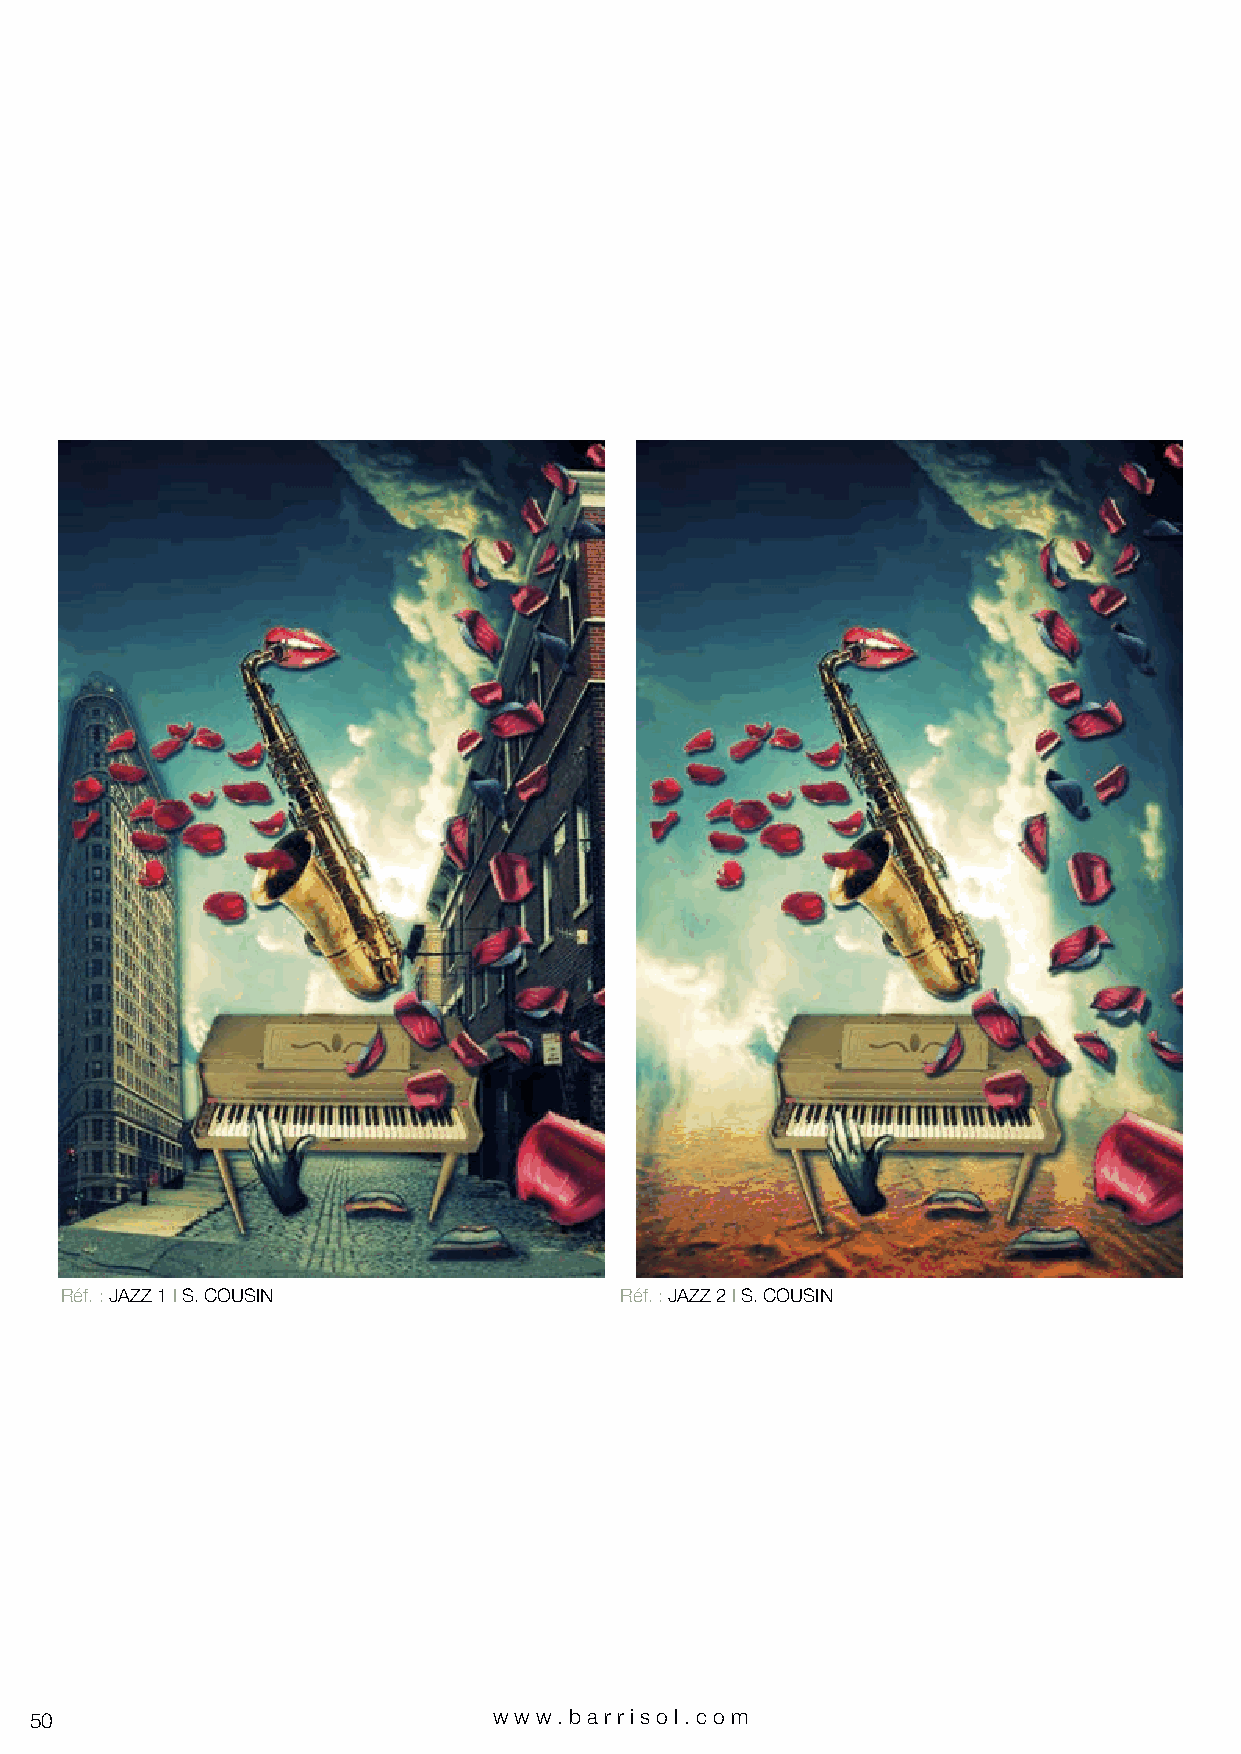
Réf. : JAZZ 1 I S. COUSIN            Réf. : JAZZ 2 I S. COUSIN
 50                             www.bar riso l. com